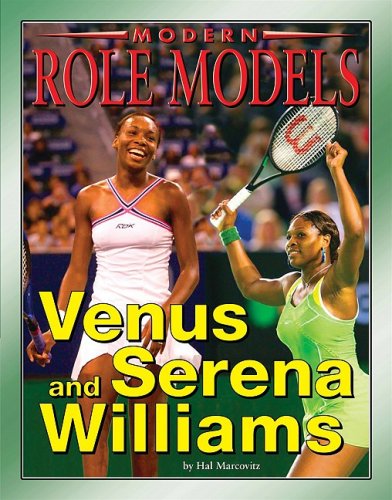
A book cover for Venus and Serena Williams (Modern Role Models); Hal Marcovitz; Children's Books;